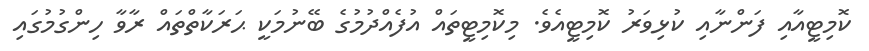
ކޮމިޓީއާއި ފަންނާއި ކުޅިވަރު ކޮމިޓީއެވެ. މިކޮމިޓީތައް އުފެއްދުމުގެ ބޭނުމަކީ ޙަރަކާތްތައް ރާވާ ހިންގުމުގައި